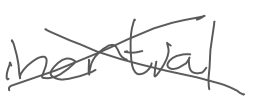
Text: inertial
Cross-out: cross
Writing tool: digital_gray